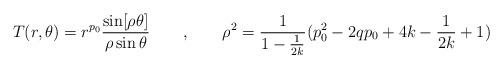
LaTeX: \begin{align*}T(r,\theta)= r^{p_0} \frac{\sin[\rho \theta]}{\rho \sin\theta} \qquad, \qquad \rho^2 = \frac{1}{1-\frac{1}{2k}}(p_{0}^2- 2 q p_0 + 4 k -\frac{1}{2k} +1)\end{align*}